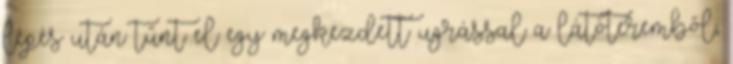
lépés után tűnt el egy megkezdett ugrással a látóteremből,